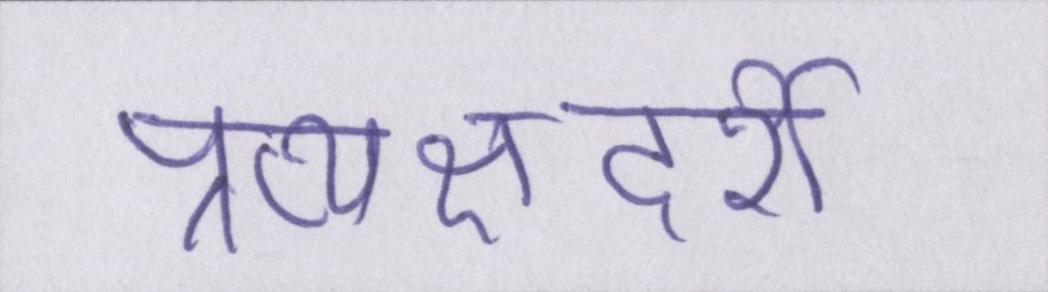
प्रत्यक्षदर्शी